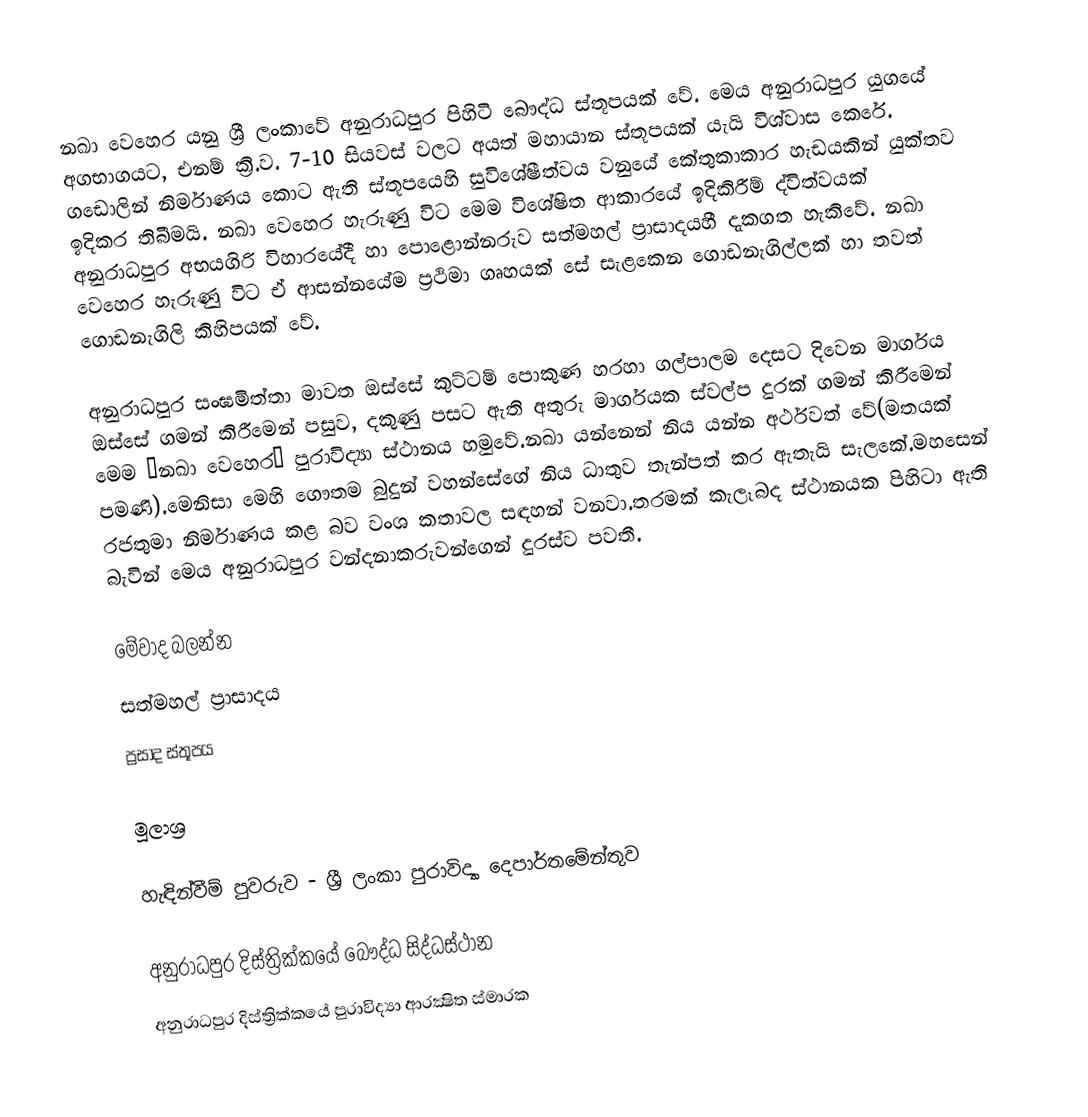
නඛා වෙහෙර යනු ශ්‍රී ලංකාවේ අනුරාධපුර පිහිටි බෞද්ධ ස්තූපයක් වේ. මෙය අනුරාධපුර යුගයේ අගභාගයට, එනම් ක්‍රි.ව. 7-10 සියවස් වලට අයත් මහායාන ස්තූපයක් යැයි විශ්වාස කෙරේ. ගඩොලින් නිර්මාණය කොට ඇති ස්තූපයෙහි සුවිශේෂීත්වය වනුයේ කේතුකාකාර හැඩයකින් යුක්තව ඉදිකර තිබීමයි. නඛා වෙහෙර හැරුණු විට මෙම විශේෂිත ආකාරයේ ඉදිකිරීම් ද්විත්වයක් අනුරාධපුර අභයගිරි විහාරයේදී හා පොළොන්නරුව සත්මහල් ප්‍රාසාදයහී දැකගත හැකිවේ. නඛා වෙහෙර හැරුණු විට ඒ ආසන්නයේම ප්‍රථිමා ගෘහයක් සේ සැළකෙන ගොඩනැගිල්ලක් හා තවත් ගොඩනැගිලි කිහිපයක් වේ.

අනුරාධපුර සංඝමිත්තා මාවත ඔස්සේ කුට්ටම් පොකුණ හරහා ගල්පාලම දෙසට දිවෙන මාර්ගය ඔස්සේ ගමන් කිරීමෙන් පසුව, දකුණු පසට ඇති අතුරු මාර්ගයක ස්වල්ප දුරක් ගමන් කිරීමෙන් මෙම “නඛා වෙහෙර” පුරාවිද්‍යා ස්ථානය හමුවේ.නඛා  යන්නෙන් නිය යන්න අර්ථවත් වේ(මතයක් පමණි).මෙනිසා මෙහි ගෞතම බුදුන් වහන්සේගේ නිය ධාතුව තැන්පත් කර ඇතැයි සැලකේ.මහසෙන් රජතුමා නිර්මාණය කළ බව වංශ කතාවල සඳහන් වනවා.තරමක් කැලෑබද ස්ථානයක පිහිටා ඇති බැවින් මෙය අනුරාධපුර වන්දනාකරුවන්ගෙන් දුරස්ව පවතී.

මේවාද බලන්න
සත්මහල් ප්‍රාසාදය
ප්‍රසාද ස්තූපය

මූලාශ්‍ර

හැඳින්වීම් පුවරුව - ශ්‍රී ලංකා පුරාවිද්‍යා දෙපාර්තමේන්තුව

අනුරාධපුර දිස්ත්‍රික්කයේ බෞද්ධ සිද්ධස්ථාන‎
අනුරාධපුර දිස්ත්‍රික්කයේ පුරාවිද්‍යා ආරක්‍ෂිත ස්මාරක